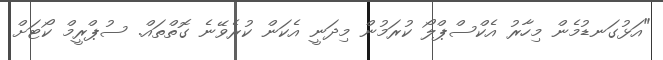
"އަޅުގަނޑުމެން މިހާރު އެކްސްޕްލޯ ކުރަމުން މިދަނީ އެކަން ކުރެވޭނެ ގޮތްތައް. ސުޕްރީމް ކޯޓަށް